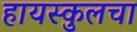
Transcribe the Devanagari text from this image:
हायस्‍कुलचा